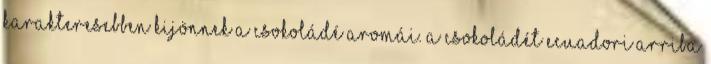
karakteresebben kijönnek a csokoládé aromái. A csokoládét ecuadori Arriba